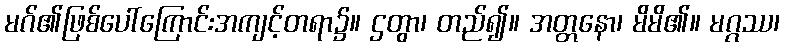
မဂ်၏ဖြစ်ပေါ်ကြောင်းအကျင့်တရာ၌။ ဌတွာ၊ တည်၍။ အတ္တနော၊ မိမိ၏။ မဂ္ဂဿ၊